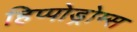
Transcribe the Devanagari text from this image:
हिप्पोड्रोम्स